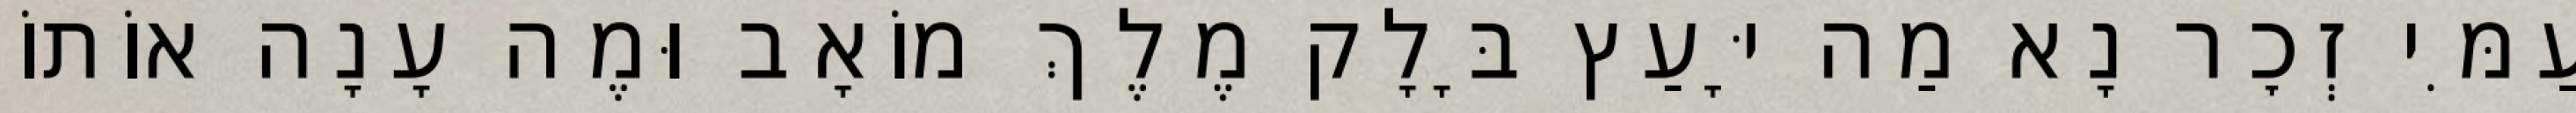
עַמִּי זְכׇר נָא מַה יָּעַץ בָּלָק מֶלֶךְ מוֹאָב וּמֶה עָנָה אוֹתוֹ